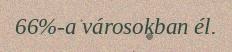
66%-a városokban él.